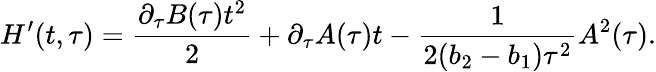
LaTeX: H^{\prime}(t,\tau)=\frac{\partial_{\tau}B(\tau)t^{2}}{2}+\partial_{\tau}A(\tau)t-\frac{1}{2(b_{2}-b_{1})\tau^{2}}A^{2}(\tau).